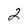
Character: 2